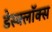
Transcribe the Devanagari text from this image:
डेस्क्लॉक्स